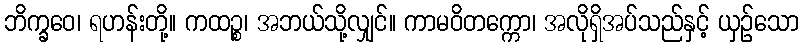
ဘိက္ခဝေ၊ ရဟန်းတို့။ ကထဉ္စ၊ အဘယ်သို့လျှင်။ ကာမဝိတက္ကော၊ အလိုရှိအပ်သည်နှင့် ယှဉ်သော